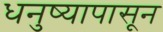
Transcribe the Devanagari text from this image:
धनुष्यापासून